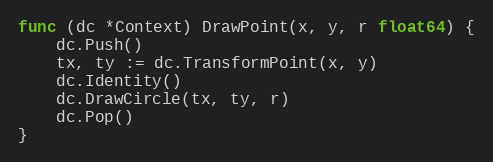
Language: Go
func (dc *Context) DrawPoint(x, y, r float64) {
	dc.Push()
	tx, ty := dc.TransformPoint(x, y)
	dc.Identity()
	dc.DrawCircle(tx, ty, r)
	dc.Pop()
}